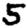
Digit: 5